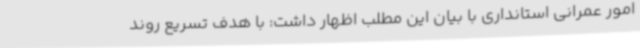
امور عمرانی استانداری با بیان این مطلب اظهار داشت: با هدف تسریع روند